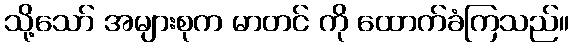
သို့သော် အများစုက မာတင် ကို ထောက်ခံကြသည်။